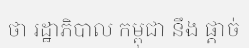
ថា រដ្ឋាភិបាល កម្ពុជា នឹង ផ្តាច់